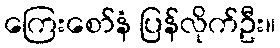
ကြေးစော်နံ ပြန်လိုက်ဦး။